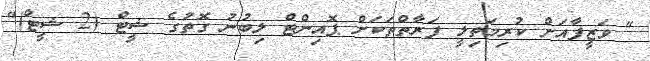
" ވަޒީފާއަށް ކުރިމަތިލީ ފަރާތްތަކަށް ޕޮއިންޓް ލިބުނު ގޮތުގެ ޝީޓް (2 ޝީޓް)"